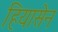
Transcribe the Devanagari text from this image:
हियासेन